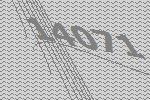
14071